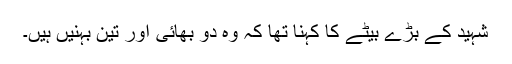
شہید کے بڑے بیٹے کا کہنا تھا کہ وہ دو بھائی اور تین بہنیں ہیں۔